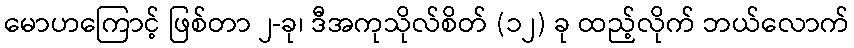
မောဟကြောင့် ဖြစ်တာ ၂-ခု၊ ဒီအကုသိုလ်စိတ် (၁၂) ခု ထည့်လိုက် ဘယ်လောက်